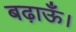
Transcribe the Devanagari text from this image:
बढ़ाऊँ।